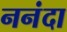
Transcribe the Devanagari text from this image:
ननंदा